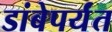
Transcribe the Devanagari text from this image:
डांबेपर्यंत